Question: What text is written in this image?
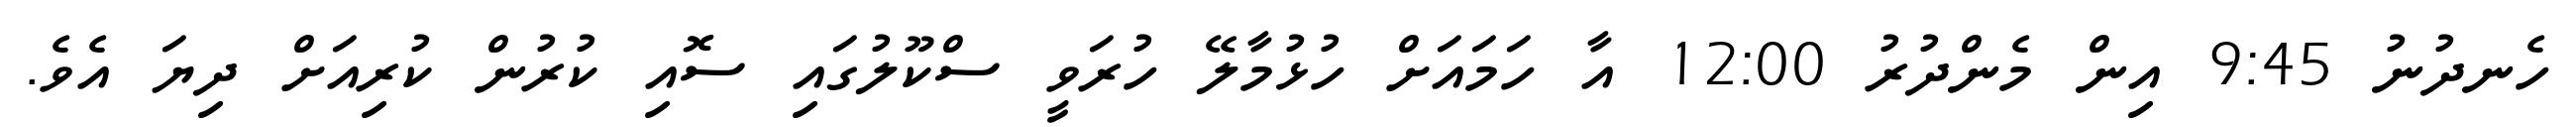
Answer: ހެނދުނު 9:45 އިން މެންދުރު 12:00 އާ ހަމައަށް ހުޅުމާލޭ ހުރަވީ ސްކޫލުގައި ސޮއި ކުރުން ކުރިއަށް ދިޔަ އެވެ.